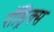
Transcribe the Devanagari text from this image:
रॉड्रिक्स